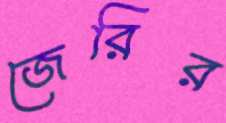
জেরির